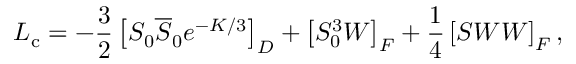
{ \cal L } _ { \mathrm { c } } = - { \frac { 3 } { 2 } } \left[ S _ { 0 } \overline { { S } } _ { 0 } e ^ { - { K / 3 } } \right] _ { D } + \left[ S _ { 0 } ^ { 3 } W \right] _ { F } + { \frac { 1 } { 4 } } \left[ S { \cal W W } \right] _ { F } ,